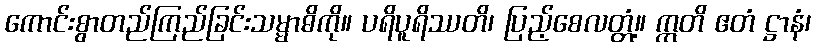
ကောင်းစွာတည်ကြည်ခြင်းသမ္မာဓိကို။ ပရိပူရိဿတိ၊ ပြည့်စေလတ္တံ့။ ဣတိ ဧတံ ဋ္ဌာနံ၊